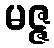
မဇ္ဇ